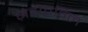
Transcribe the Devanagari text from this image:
ज़ेदोतविल